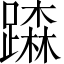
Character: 𨅾